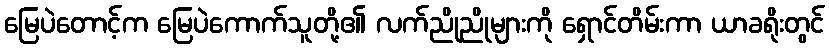
မြေပဲတောင့်က မြေပဲကောက်သူတို့၏ လက်ညိုညိုများကို ရှောင်တိမ်းကာ ယာခရိုးတွင်